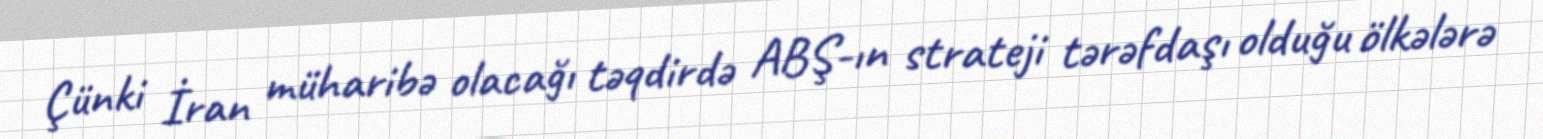
Çünki İran müharibə olacağı təqdirdə ABŞ-ın strateji tərəfdaşı olduğu ölkələrə